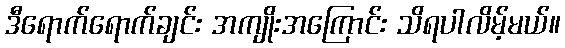
ဒီရောက်ရောက်ချင်း အကျိုးအကြောင်း သိရပါလိမ့်မယ်။